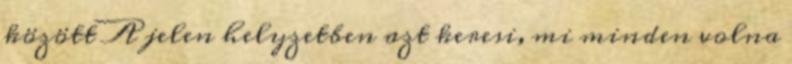
között A jelen helyzetben azt keresi, mi minden volna